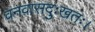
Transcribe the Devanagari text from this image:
वनवासदुःखतः।